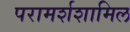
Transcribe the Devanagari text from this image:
परामर्शशामिल